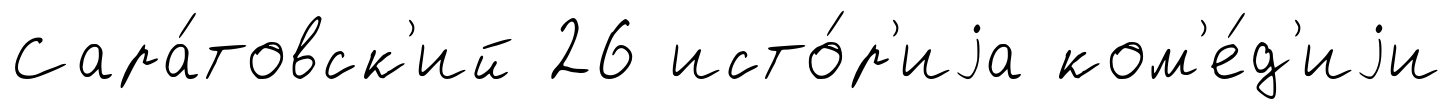
Сара́товск'ий 26 исто́р'иjа ком'е́д'иjи